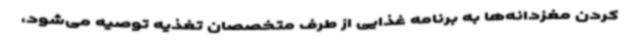
کردن مغزدانه‌ها به برنامه غذایی از طرف متخصصان تغذیه توصیه می‌شود،